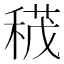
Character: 𥠏